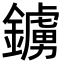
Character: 鐪